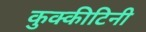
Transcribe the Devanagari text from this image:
कुक्कीटिनी